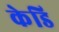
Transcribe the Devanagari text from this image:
केडि